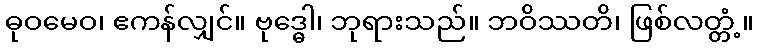
ဓုဝမေဝ၊ ဧကန်လျှင်။ ဗုဒ္ဓေါ၊ ဘုရားသည်။ ဘဝိဿတိ၊ ဖြစ်လတ္တံ့။